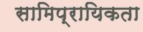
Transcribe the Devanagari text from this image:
सामिप्रायिकता